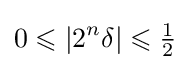
0\leqslant |2^{n}\delta |\leqslant {\tfrac {1}{2}}